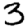
Digit: 3